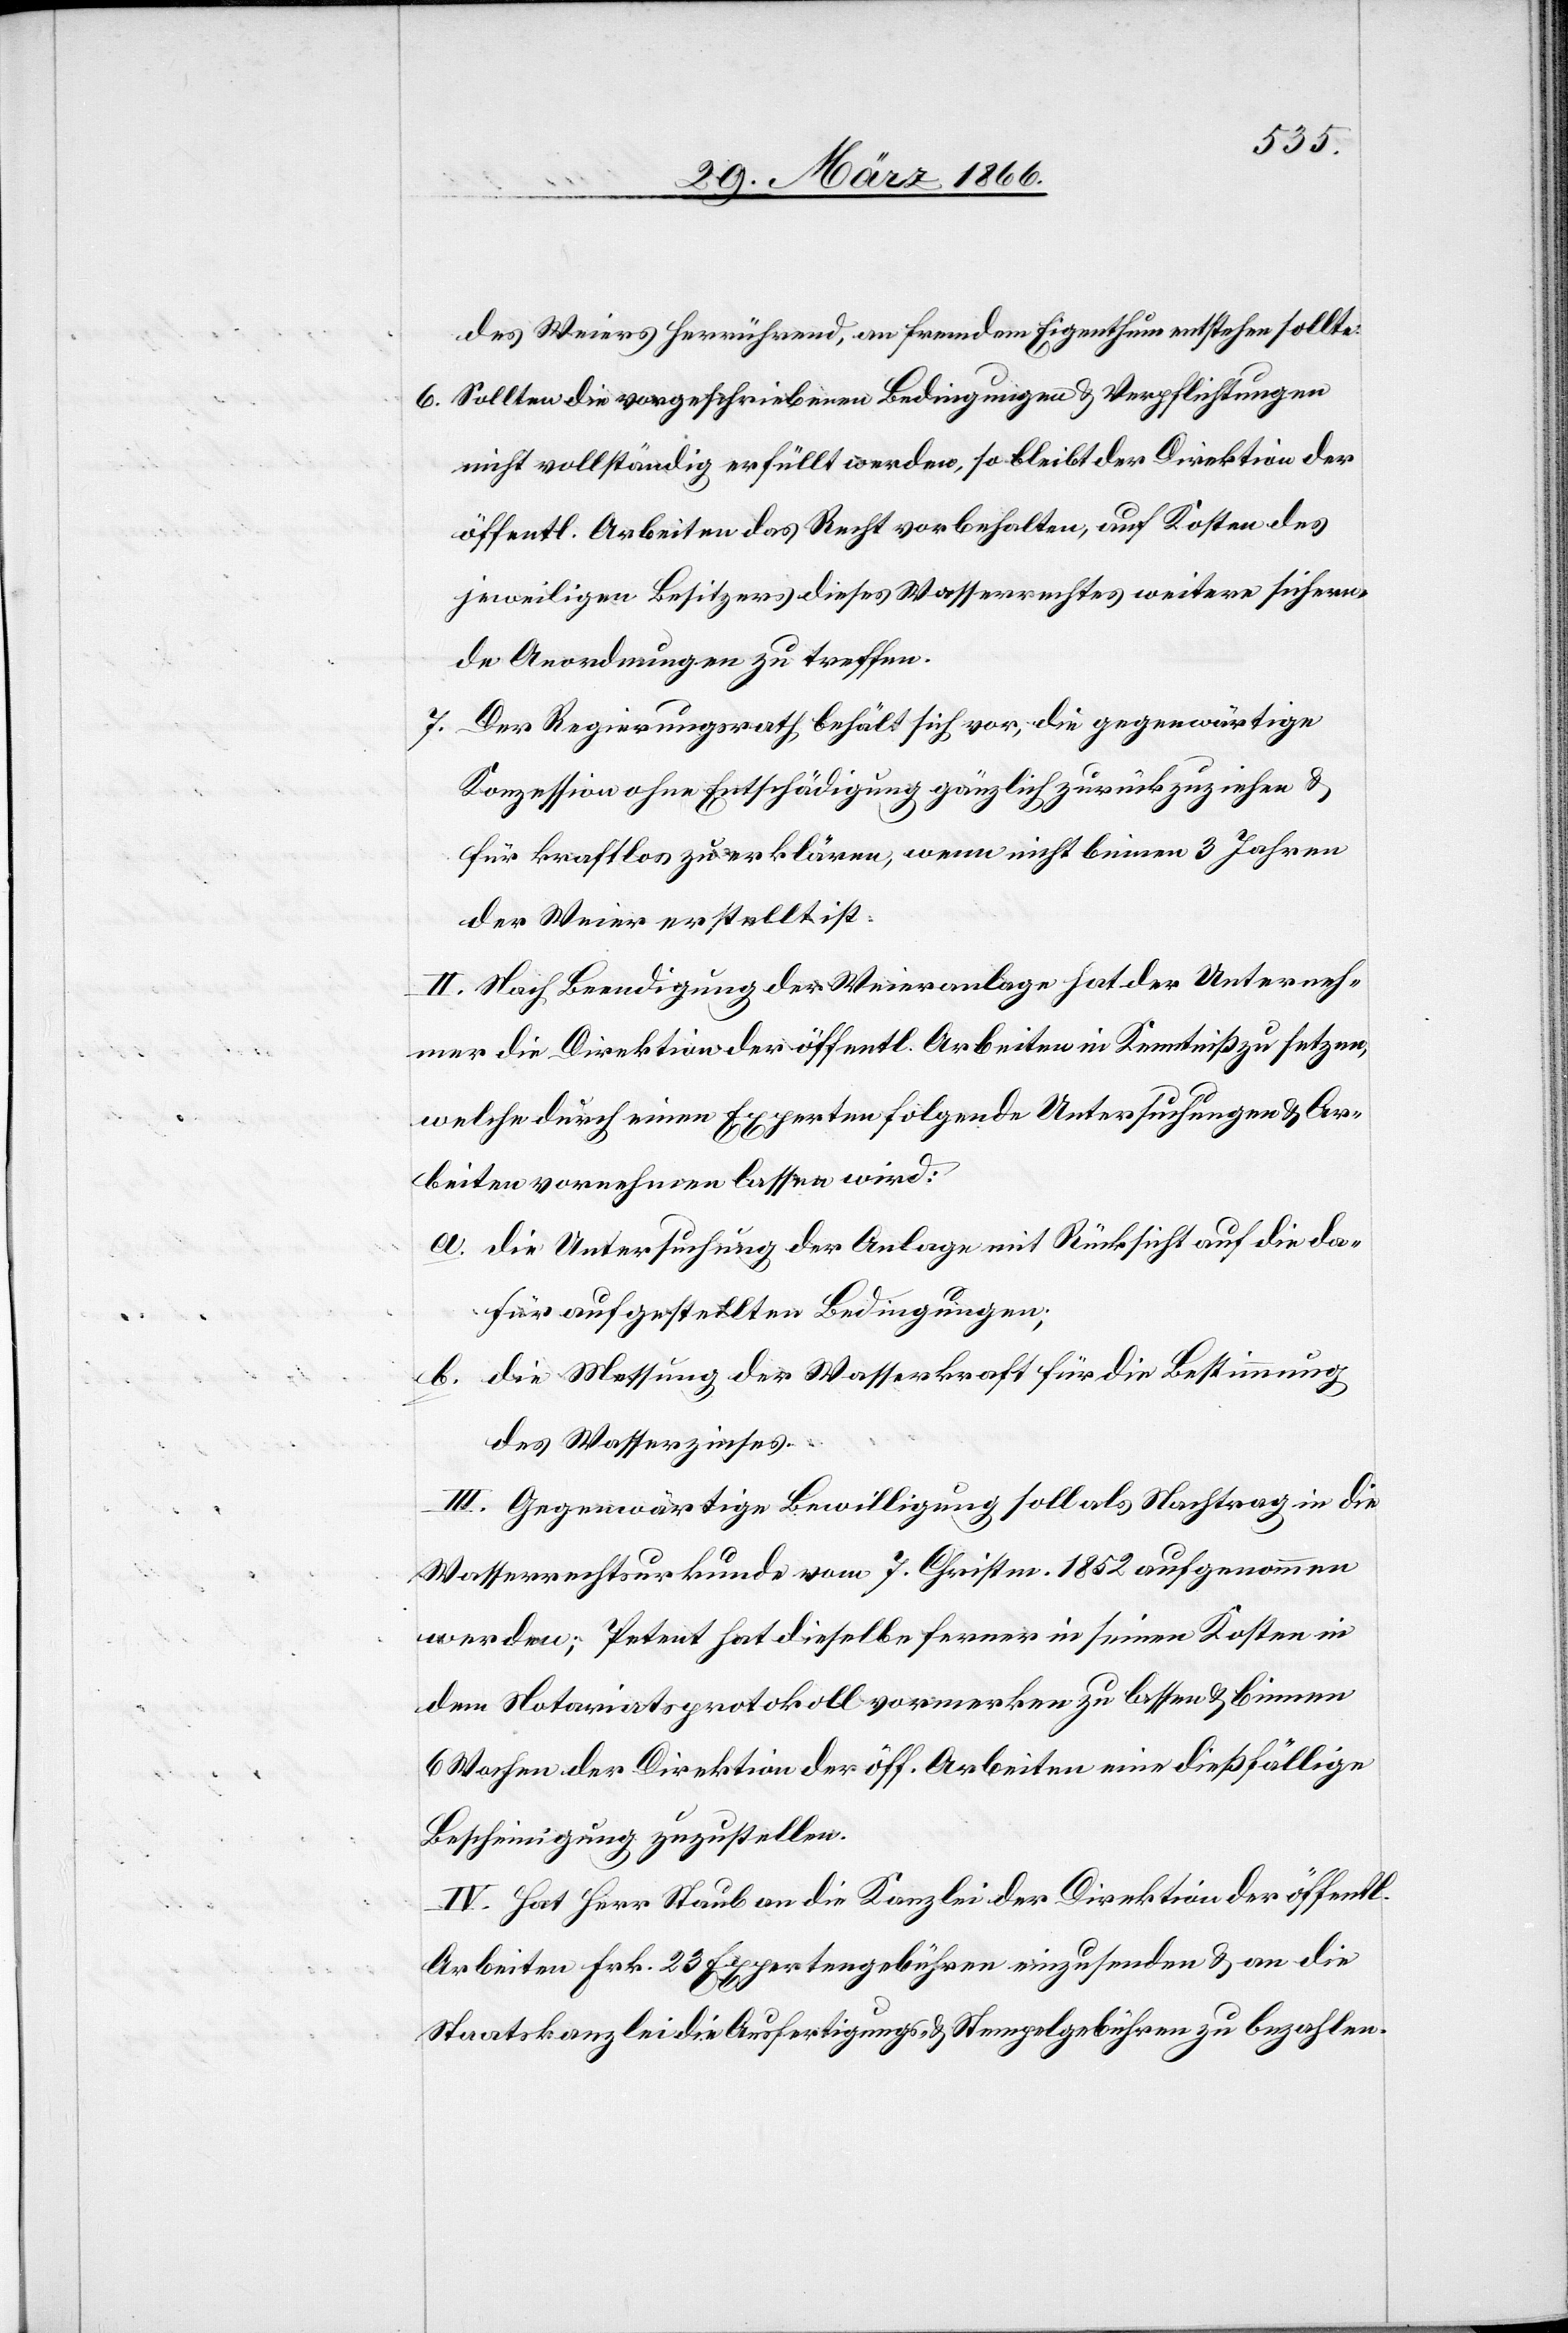
des Weiers herrührend, an fremdem Eigenthum entstehen sollte.
6. Sollten die vorgeschriebenen Bedingungen u. Verpflichtungen
nicht vollständig erfüllt werden, so bleibt der Direktion der
öffentl. Arbeiten das Recht vorbehalten, auf Kosten des
jeweiligen Besitzers dieses Wasserrechtes weitere sichern¬
de Anordnungen zu treffen.
7. Der Regierungsrath behält sich vor, die gegenwärtige
Konzession ohne Entschädigung gänzlich zurückzuziehen u.
für kraftlos zu erklären, wenn nicht binnen 3 Jahren
der Weier erstellt ist.
II. Nach Beendigung der Weieranlage hat der Unterneh¬
mer die Direktion der öffentl. Arbeiten in Kenntniß zu setzen,
welche durch einen Experten folgende Untersuchungen u. Ar¬
beiten vornehmen lassen wird:
a. die Untersuchung der Anlage mit Rücksicht auf die da¬
für aufgestellten Bedingungen;
b. die Messung der Wasserkraft für die Bestimmung
des Wasserzinses.
III. Gegenwärtige Bewilligung soll als Nachtrag in die
Wasserrechtsurkunde vom 7. Christm. 1852 aufgenommen
werden; Petent hat dieselbe ferner in seinen Kosten in
dem Notariatsprotokoll vormerken zu lassen u. binnen
6 Wochen der Direktion der öff. Arbeiten eine dießfällige
Bescheinigung zuzustellen.
IV. Hat Herr Staub an die Kanzlei der Direktion der öffentl.
Arbeiten Frk. 23 Expertengebühren einzusenden u. an die